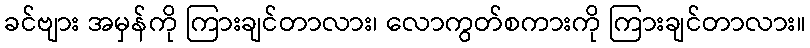
ခင်ဗျား အမှန်ကို ကြားချင်တာလား၊ လောကွတ်စကားကို ကြားချင်တာလား။